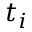
t _ { i }